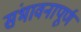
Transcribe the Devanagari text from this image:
संभावनापूर्ण